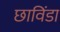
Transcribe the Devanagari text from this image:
छाविंडा